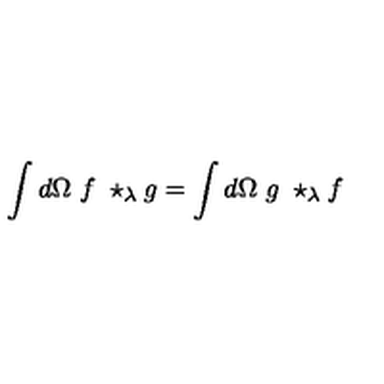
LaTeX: \int d \Omega \ f \ \star _ { \lambda } g = \int d \Omega \ g \ \star _ { \lambda } f